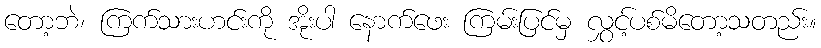
တော့ဘဲ၊ ကြက်သားဟင်းကို အိုးပါ နောက်ဖေး ကြမ်းပြင်မှ လွှင့်ပစ်မိတော့သတည်း။